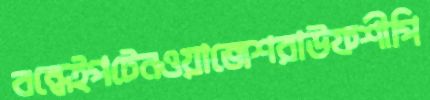
বন্ধেইপটেনওয়াজেশরাউফশীপি